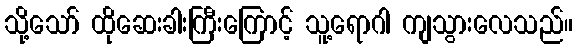
သို့သော် ထိုဆေးခါးကြီးကြောင့် သူ့ရောဂါ ကျသွားလေသည်။